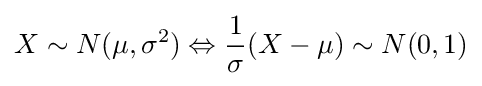
X\sim N(\mu ,\sigma ^{2})\Leftrightarrow {\frac {1}{\sigma }}(X-\mu )\sim N(0,1)